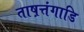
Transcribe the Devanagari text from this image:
ताष़त्तंगाडि